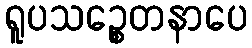
ရူပသဉ္စေတနာပေ